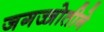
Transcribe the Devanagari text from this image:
जगज्जोतीने